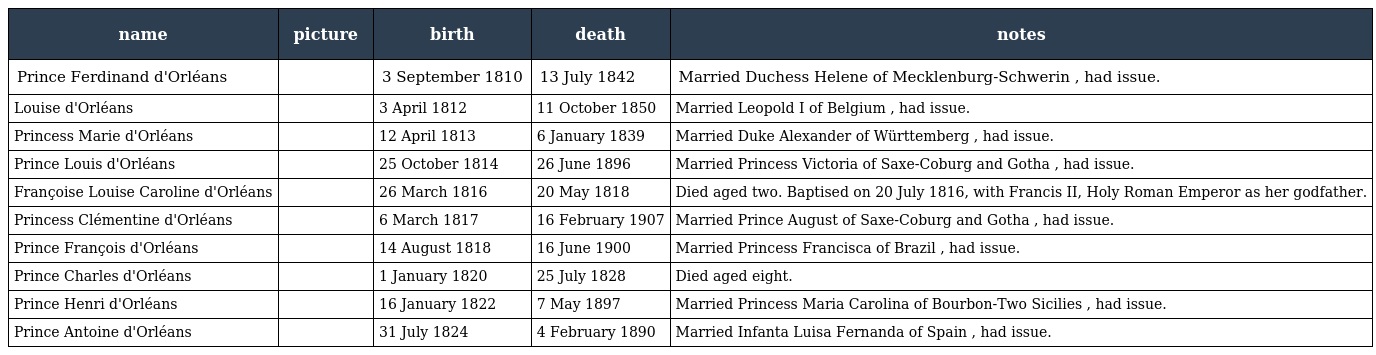
| name | picture | birth | death | notes |
 | --- | --- | --- | --- | --- |
 | Prince Ferdinand d'Orléans |  | 3 September 1810 | 13 July 1842 | Married Duchess Helene of Mecklenburg-Schwerin , had issue. |
 | Louise d'Orléans |  | 3 April 1812 | 11 October 1850 | Married Leopold I of Belgium , had issue. |
 | Princess Marie d'Orléans |  | 12 April 1813 | 6 January 1839 | Married Duke Alexander of Württemberg , had issue. |
 | Prince Louis d'Orléans |  | 25 October 1814 | 26 June 1896 | Married Princess Victoria of Saxe-Coburg and Gotha , had issue. |
 | Françoise Louise Caroline d'Orléans |  | 26 March 1816 | 20 May 1818 | Died aged two. Baptised on 20 July 1816, with Francis II, Holy Roman Emperor as her godfather. |
 | Princess Clémentine d'Orléans |  | 6 March 1817 | 16 February 1907 | Married Prince August of Saxe-Coburg and Gotha , had issue. |
 | Prince François d'Orléans |  | 14 August 1818 | 16 June 1900 | Married Princess Francisca of Brazil , had issue. |
 | Prince Charles d'Orléans |  | 1 January 1820 | 25 July 1828 | Died aged eight. |
 | Prince Henri d'Orléans |  | 16 January 1822 | 7 May 1897 | Married Princess Maria Carolina of Bourbon-Two Sicilies , had issue. |
 | Prince Antoine d'Orléans |  | 31 July 1824 | 4 February 1890 | Married Infanta Luisa Fernanda of Spain , had issue. |